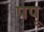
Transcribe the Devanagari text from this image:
पपू